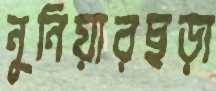
নুনিয়ারছড়া